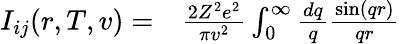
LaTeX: \begin{array}{rl}{I_{ij}(r,T,v)=}&{{}\frac{2Z^{2}e^{2}}{\pi v^{2}}\int_{0}^{\infty}\frac{dq}{q}\frac{\sin(qr)}{qr}}\end{array}